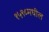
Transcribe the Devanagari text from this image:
१५९८मधील